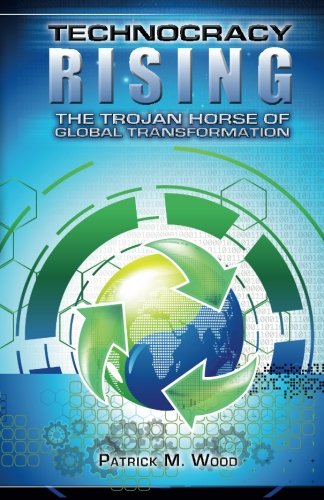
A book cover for Technocracy Rising: The Trojan Horse Of Global Transformation; Patrick M. Wood; Politics & Social Sciences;